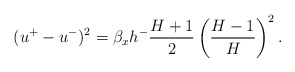
\begin{align*}(u^+-u^-)^2 = \beta_x h^- \dfrac{H+1}{2} \left(\dfrac{H-1}{H}\right)^2.\end{align*}